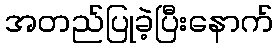
အတည်ပြုခဲ့ပြီးနောက်